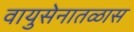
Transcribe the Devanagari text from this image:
वायुसेनातळास